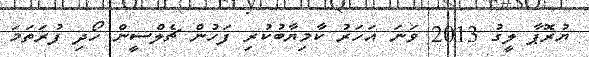
ޔުރޮޕާ ލީގު 2013 ވަނަ އަހަރު ކާމިޔާބުކުރި ފަހުން ޗެލްސީން ހޯދި ފުރަތަމަ